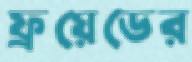
ফ্রয়েডের